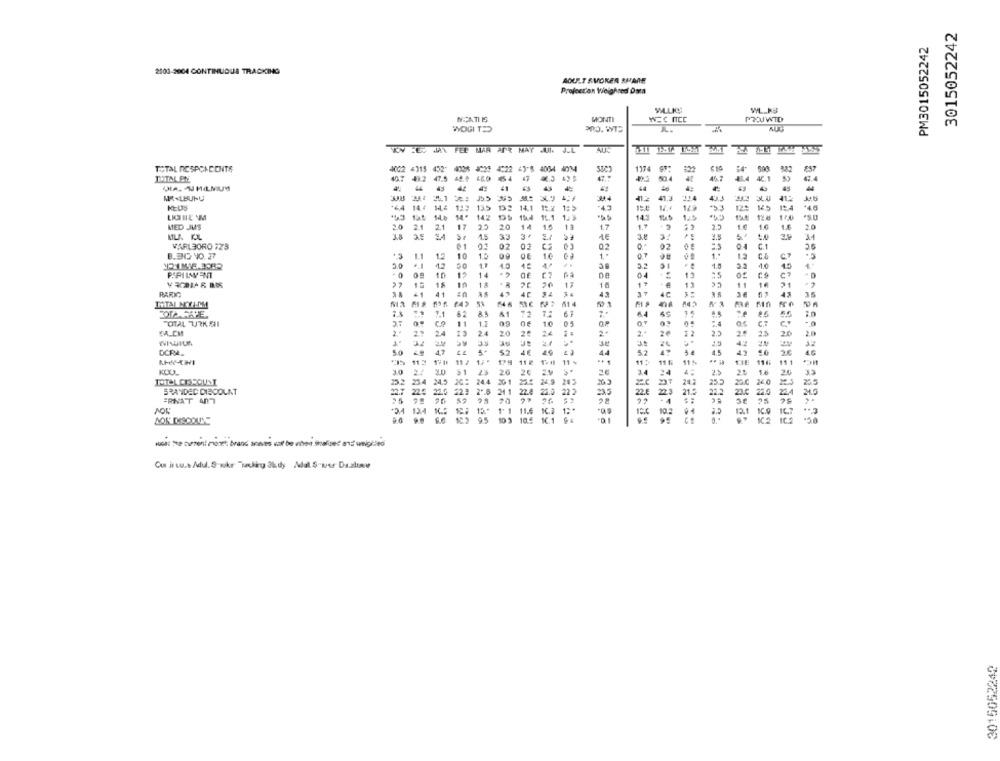
3015052242
PM3015052242
2100-2004 CONTINUOUS TRACKING
ADULT SVORER SHARE
Project'on Weighned Daza
WILLKS
MONTI
PROJWID
WOG TD
TRY .ES UNA FER MAR APR MAY JUN. J.L
452
1174
#22
£57
TOTAL DESPCACONTE
7.5
382
TOTAL EN
×3
50.4
43
43
44
44
MR-LBUNU
417
14 4
135
14.4
12+
14.1
1:
-49
4,3
142
154
16.1 1.5
145
12.4
MED JUS
2.0 2.1
2.1
17
25
20
14
1.6
1.7
1.7
2.5
1.€
1.5
20
MLA K.L
3.8
1.5
33
.
1€
3.8
3.5
02
VARLaORO 723
01
02
04
C.
25
8.30 NO. 27
12
10
15
12
CA
51
..
1.8
16
45
14
13
13
16
1+
13
11
PARKT
43
43
35
TOTAL MYLCM
614
6
6.4
5.5
TOTAL URK. SII
11
12
05
:4
C.7
24
20
25
2.+
ze
12
2.5
23
20
20
42
DCRA
4.5
12
4.7
52
44
5.2
4.2
11
11 ₽
11 %
11 :
11 6
11
KLUL
10
20
26
3.4
24
2.5
1.6
20
33
4.5
34.9
202
22.5
255
BRANDED DISCOUNT
22.0
22.0
22-
22
23
21.5
22.2
23.0
22.5
224
ERNAT ANT
was: the current mont brand anaves wat be when shalbe: and wilgeld
Cur it su.t Adul.8 xkr "Hacking kdy Mdal. 5-wer Da.slunce
3015052242